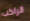
الراكب